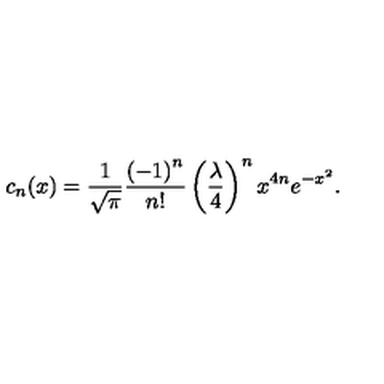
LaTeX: c _ { n } ( x ) = { \frac { 1 } { \sqrt { \pi } } } { \frac { \left( - 1 \right) ^ { n } } { n ! } } \left( { \frac { \lambda } { 4 } } \right) ^ { n } x ^ { 4 n } e ^ { - x ^ { 2 } } .